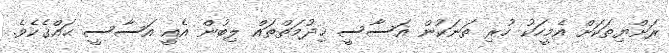
ރަށްޔިތަކަށް އެމީހަކު ހުރި ތަނަކުން އަސާސީ ޚިދުމަތްތައް ލިބުން އެއީ އަސާސީ ޙައްޤެކެވެ.